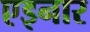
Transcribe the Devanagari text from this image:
एइनार